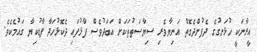
އީރާނަކީ ހުޅަނގުގެ ދެފުށްދެގޮތް އަނިޔާވެރި ސިޔާސަތުތަކަށް އަބަދުވެސް ފާޅުފައި ދެކޮޅުހަދާ ފާޑުކިޔާ ގައުމެކެވެ.